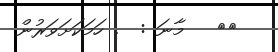
٦٩   މާނަ :  . ހަމަކަށަވަރުން